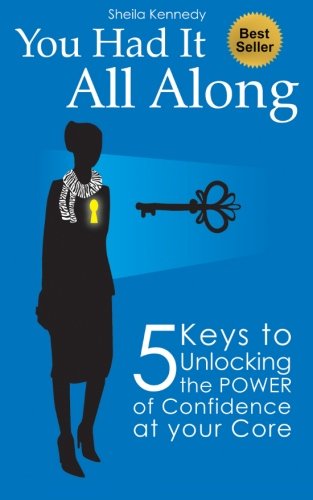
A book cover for You Had It All Along: 5 Keys to Unlocking the Power of Confidence At Your Core; Sheila Kennedy; Self-Help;